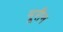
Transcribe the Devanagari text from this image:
नूरीन